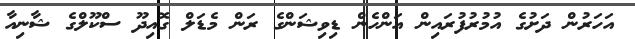
އަހަރުން ދަށުގެ އުމުރުފުރައިން އަންހެން ޑިވިޝަންގެ ރަން މެޑަލް ގޮއިދޫ ސްކޫލްގެ ޝާނިއާ